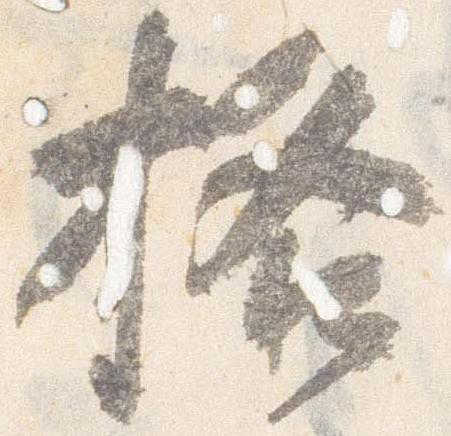
格